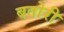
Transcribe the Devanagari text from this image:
बतोरी